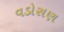
વડોસણ